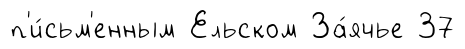
п'и́сьм'енным Ельском За́ячье 37